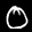
Label: 0